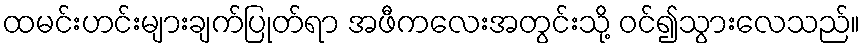
ထမင်းဟင်းများချက်ပြုတ်ရာ အဖီကလေးအတွင်းသို့ ဝင်၍သွားလေသည်။